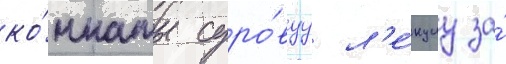
ко́мнаты суро́вуу л'е́кциу за́